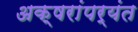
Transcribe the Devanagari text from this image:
अक्षरांपर्यंत